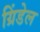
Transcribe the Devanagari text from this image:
ग्रिंडेल